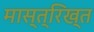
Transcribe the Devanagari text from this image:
मास्त्रिख्त